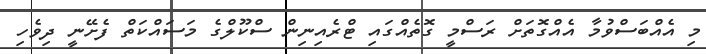
މި އެއްބަސްވުމާ އެއްގޮތަށް ރަސްމީ ގޮތެއްގައި ޓްރެއިނިން ސްކޫލްގެ މަސައްކަތް ފެށޭނީ ދިވެހި